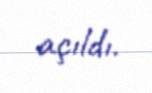
açıldı.